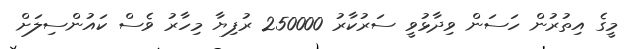
މީގެ އިތުރުން ހަސަން ވިދާޅުވީ ސަރުކާރު 250000 ރުފިޔާ މިހާރު ވެސް ކައުންސިލަށް